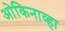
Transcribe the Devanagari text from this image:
ओकिनाव्हा